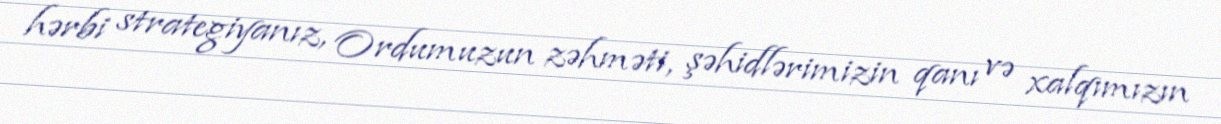
hərbi strategiyanız, Ordumuzun zəhməti, şəhidlərimizin qanı və xalqımızın